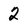
Character: 2